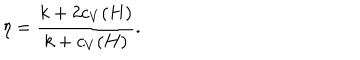
LaTeX: \eta = { \frac { k + 2 c _ { V } ( H ) } { k + c _ { V } ( H ) } } .